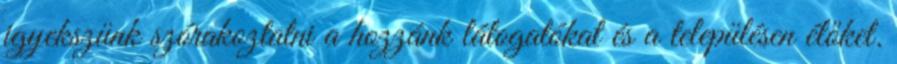
igyekszünk szórakoztatni a hozzánk látogatókat és a településen élőket.